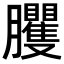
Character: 𦣒